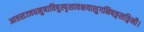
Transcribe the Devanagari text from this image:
आत्तसज्जधनुषाविषुस्पृशावक्षयाशुगनिषङ्गसङ्गिनौ।